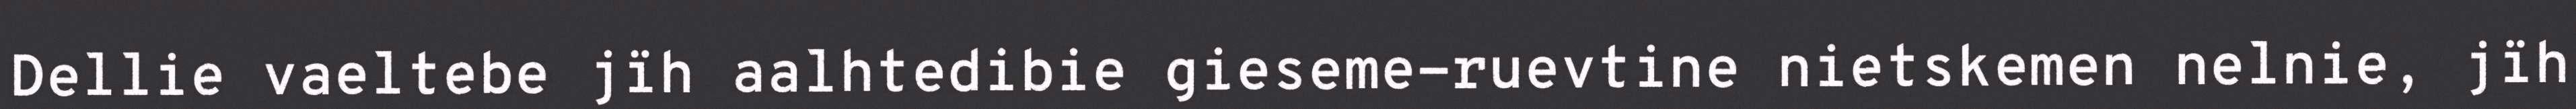
Dellie vaeltebe jïh aalhtedibie gieseme-ruevtine nietskemen nelnie, jïh